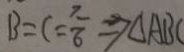
B = C = \frac { \pi } { 6 } \Rightarrow \Delta A B C